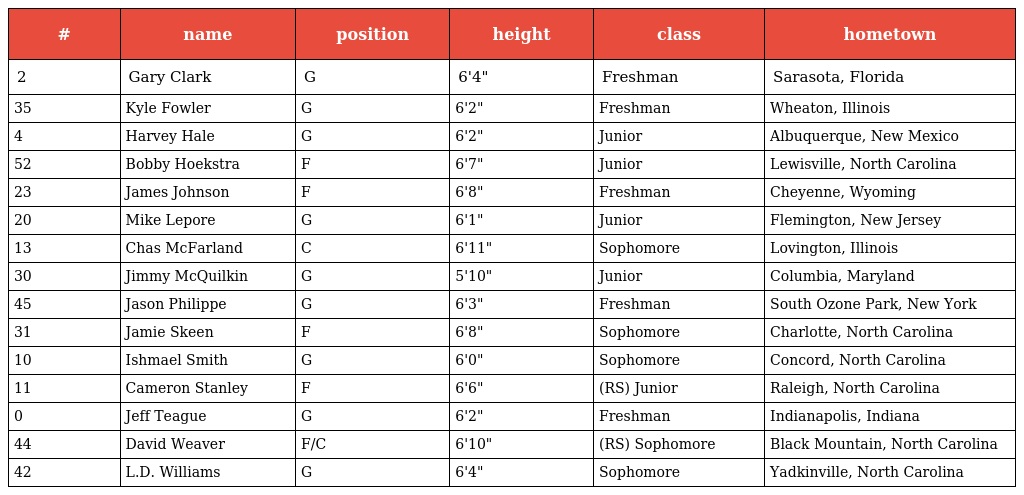
| # | name | position | height | class | hometown |
 | --- | --- | --- | --- | --- | --- |
 | 2 | Gary Clark | G | 6'4" | Freshman | Sarasota, Florida |
 | 35 | Kyle Fowler | G | 6'2" | Freshman | Wheaton, Illinois |
 | 4 | Harvey Hale | G | 6'2" | Junior | Albuquerque, New Mexico |
 | 52 | Bobby Hoekstra | F | 6'7" | Junior | Lewisville, North Carolina |
 | 23 | James Johnson | F | 6'8" | Freshman | Cheyenne, Wyoming |
 | 20 | Mike Lepore | G | 6'1" | Junior | Flemington, New Jersey |
 | 13 | Chas McFarland | C | 6'11" | Sophomore | Lovington, Illinois |
 | 30 | Jimmy McQuilkin | G | 5'10" | Junior | Columbia, Maryland |
 | 45 | Jason Philippe | G | 6'3" | Freshman | South Ozone Park, New York |
 | 31 | Jamie Skeen | F | 6'8" | Sophomore | Charlotte, North Carolina |
 | 10 | Ishmael Smith | G | 6'0" | Sophomore | Concord, North Carolina |
 | 11 | Cameron Stanley | F | 6'6" | (RS) Junior | Raleigh, North Carolina |
 | 0 | Jeff Teague | G | 6'2" | Freshman | Indianapolis, Indiana |
 | 44 | David Weaver | F/C | 6'10" | (RS) Sophomore | Black Mountain, North Carolina |
 | 42 | L.D. Williams | G | 6'4" | Sophomore | Yadkinville, North Carolina |